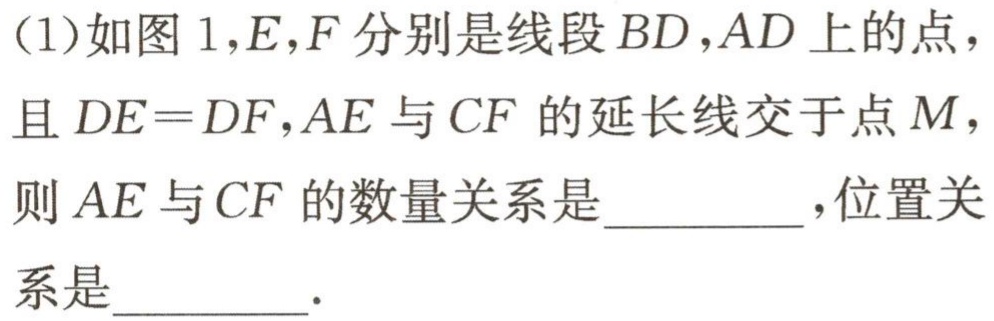
(1)如图 1，$E,F$分别是线段$BD,AD$上的点，且$DE = DF,AE$与$CF$的延长线交于点$M$，则$AE$与$CF$的数量关系是_________，位置关系是_________.